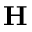
\textbf { H }